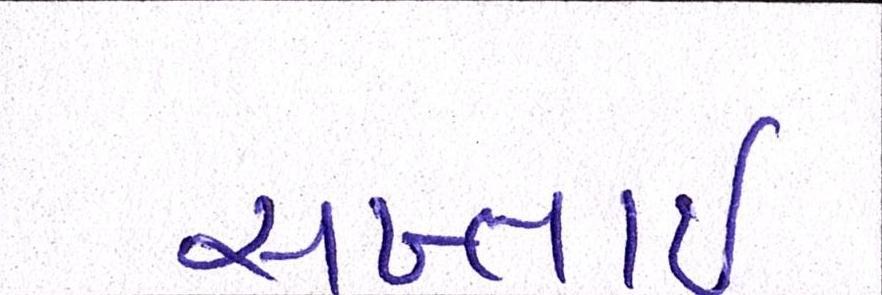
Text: સખ્તાઈ